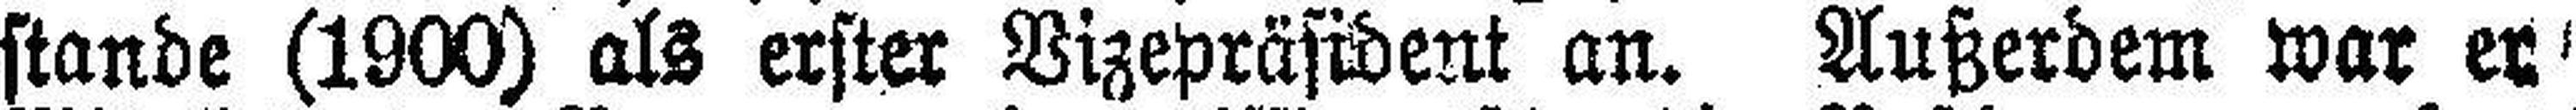
stande (1900) als erster Vizepräsident an. Außerdem war er